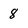
Character: 8